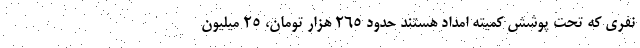
نفری که تحت پوشش کمیته امداد هستند حدود ۲۶۵ هزار تومان، ۲۵ میلیون